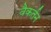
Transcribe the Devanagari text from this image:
वैकर्तन